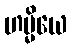
ဟမ္မိယေ